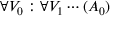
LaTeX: \forall V _ { 0 } : \forall V _ { 1 } \cdots ( A _ { 0 } )